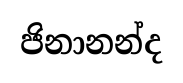
ජිනානන්ද